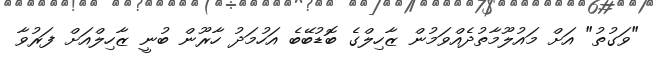
"ވަގުތު" އަށް މައުލޫމާތުދެއްވަމުން ޒާހިލްގެ ބޮޑުބޭބެ އަހުމަދު ހާރޫން ބުނީ ޒާހިލްއަށް ފަރުވާ